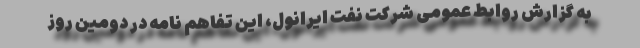
به گزارش روابط عمومی شرکت نفت ایرانول، این تفاهم نامه در دومین روز